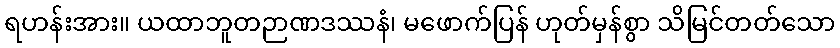
ရဟန်းအား။ ယထာဘူတဉာဏဒဿနံ၊ မဖောက်ပြန် ဟုတ်မှန်စွာ သိမြင်တတ်သော